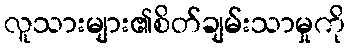
လူသားများ၏စိတ်ချမ်းသာမှုကို